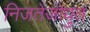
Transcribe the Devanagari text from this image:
निजतेजोयुत